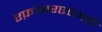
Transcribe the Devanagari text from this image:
एफ़आरएएनडी